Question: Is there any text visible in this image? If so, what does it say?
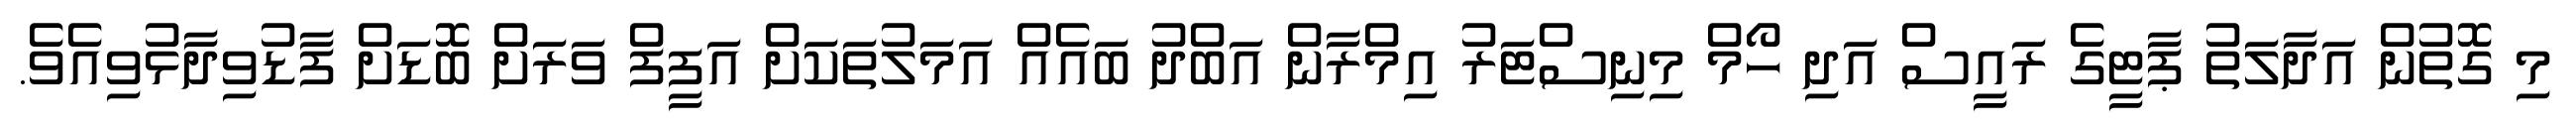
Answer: މި ގޮތުން އަދާލަތު ޕާޓީގެ ރައީސް އަދި ހޯމް މިނިސްޓަރު އިމްރާން އަބްދު ބައެއް އަމަލުތަކަށް އަފީފް ވަރަށް ބޮޑަށް ފާޑުވިދާޅުވިއެވެ.